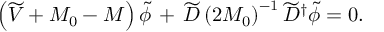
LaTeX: \left( \widetilde { V } + M _ { 0 } - M \right) \widetilde { \phi } \, + \, \widetilde { D } \left( 2 M _ { 0 } \right) ^ { - 1 } \widetilde { D } ^ { \dagger } \widetilde { \phi } = 0 .